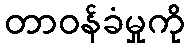
တာဝန်ခံမှုကို